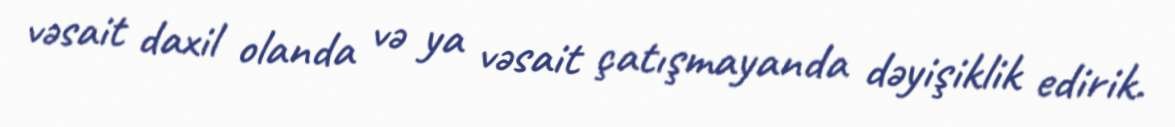
vəsait daxil olanda və ya vəsait çatışmayanda dəyişiklik edirik.